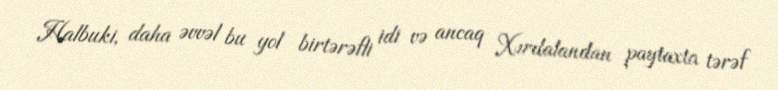
Halbuki, daha əvvəl bu yol birtərəfli idi və ancaq Xırdalandan paytaxta tərəf